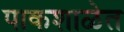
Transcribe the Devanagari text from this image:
पाकशाळेत